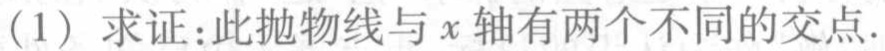
(1) 求证：此抛物线与 \(x\) 轴有两个不同的交点.